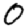
Digit: 0